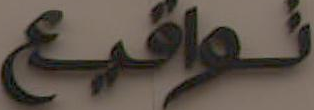
تواقيع